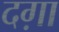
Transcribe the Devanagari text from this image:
दग़ा